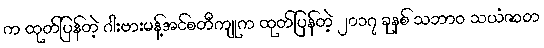
က ထုတ်ပြန်တဲ့ ဂါးဗားမန့်အင်စတီကျုက ထုတ်ပြန်တဲ့ ၂၀၁၇ ခုနစ် သဘာဝ သယံဇာတ